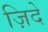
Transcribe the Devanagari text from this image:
ज़िदे